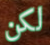
لكن